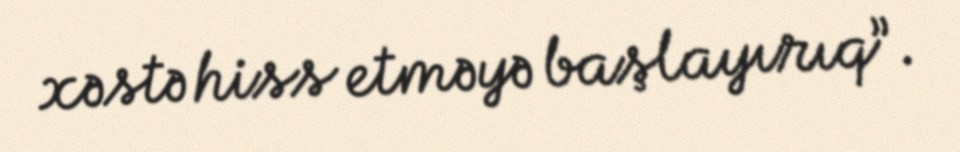
xəstə hiss etməyə başlayırıq”.